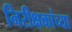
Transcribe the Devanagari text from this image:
निरीक्षकांच्या